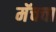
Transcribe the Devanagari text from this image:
मॅचचा